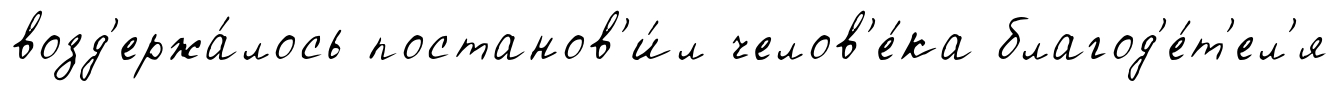
возд'ержа́лось постанов'и́л челов'е́ка благод'е́т'ел'я